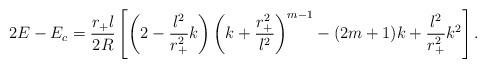
LaTeX: \begin{align*}2E-E_c=\frac{r_+l}{2R}\left[ \left(2-\frac{l^2}{r_+^2}k\right) \left(k+\frac{r_+^2}{l^2}\right)^{m-1}- (2m+1)k +\frac{l^2}{r_+^2}k^2\right].\end{align*}